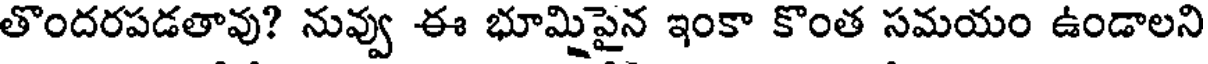
తొందరపడతావు? నువ్వు ఈ భూమిపైన ఇంకా కొంత సమయం ఉండాలని